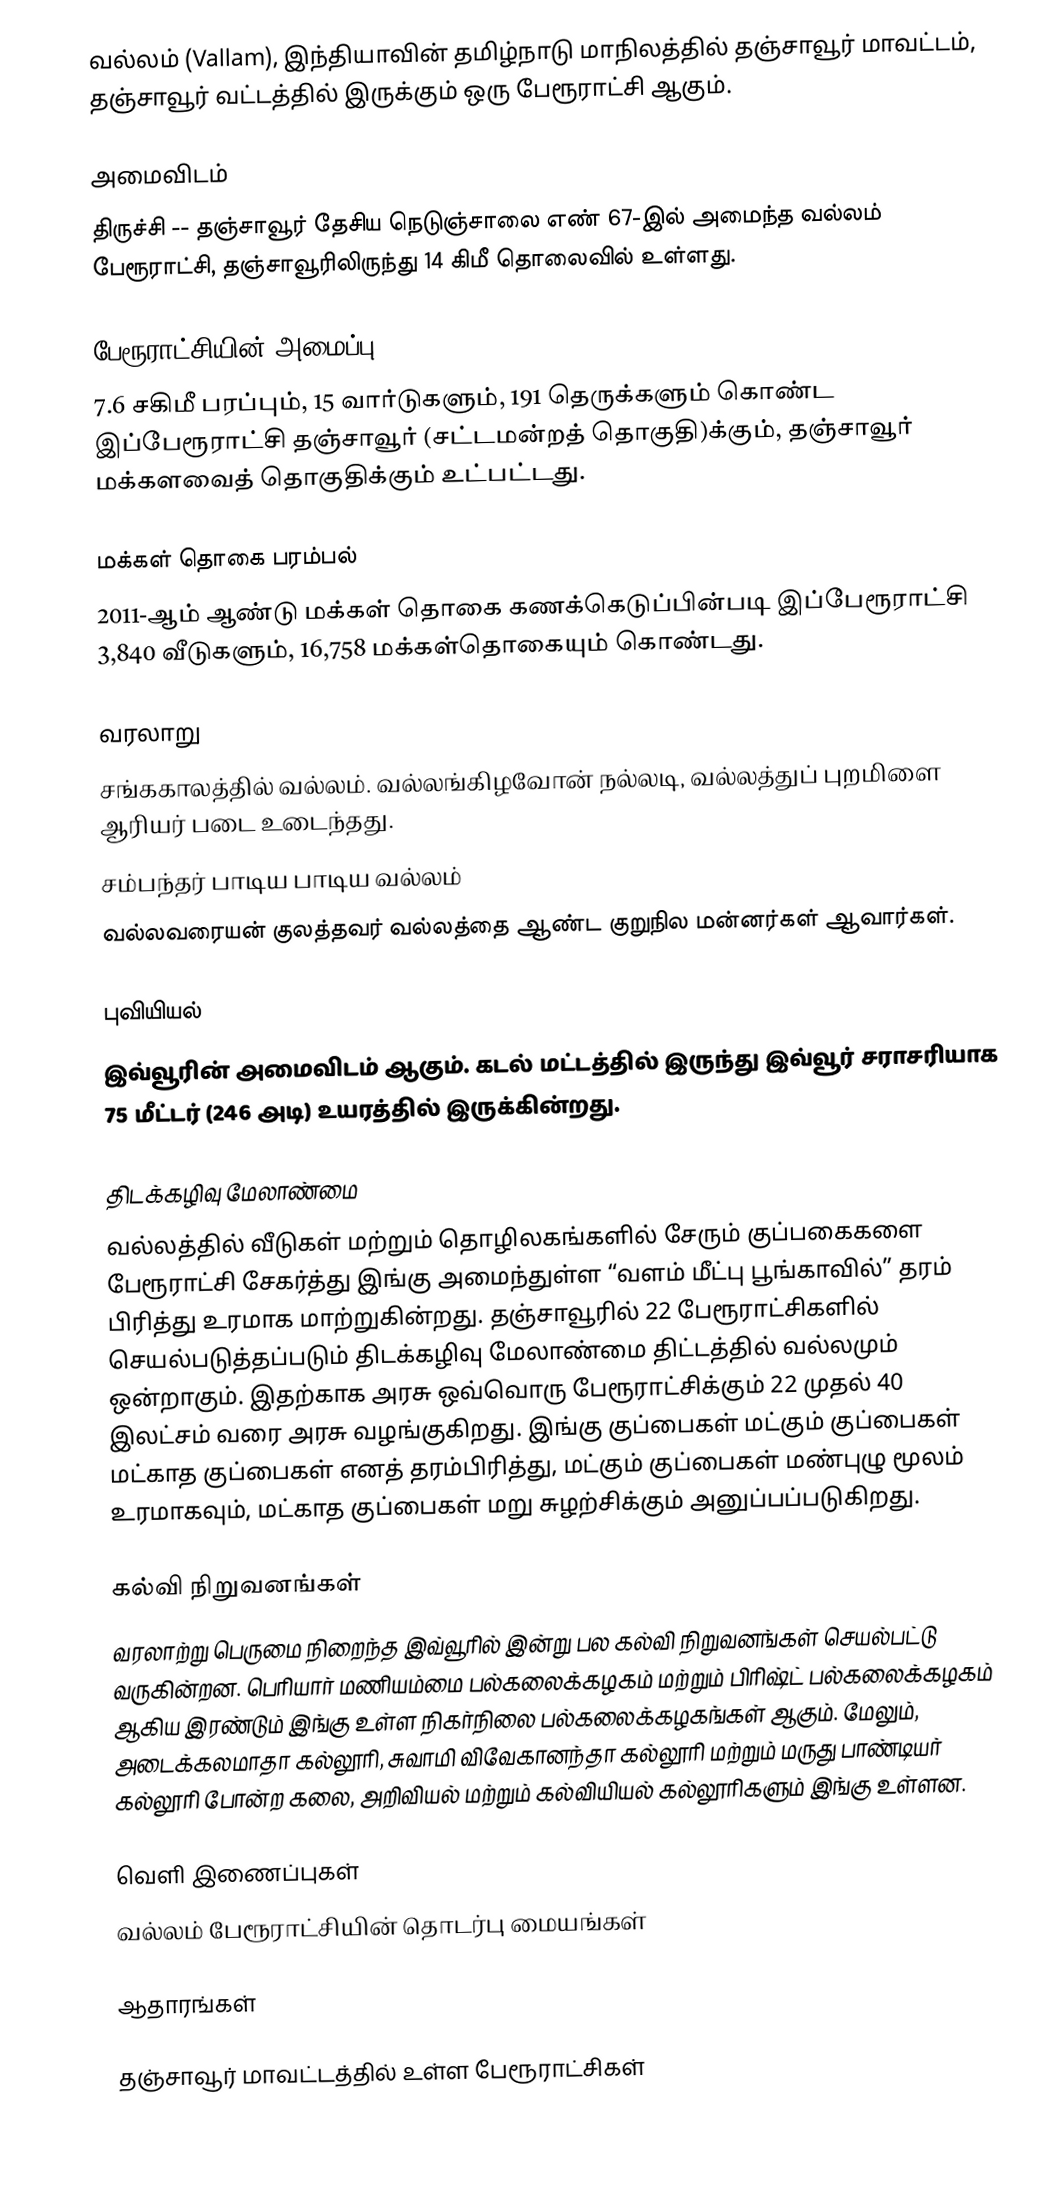
வல்லம் (Vallam), இந்தியாவின் தமிழ்நாடு மாநிலத்தில்  தஞ்சாவூர் மாவட்டம், தஞ்சாவூர் வட்டத்தில் இருக்கும் ஒரு பேரூராட்சி ஆகும்.

அமைவிடம்
திருச்சி -- தஞ்சாவூர் தேசிய நெடுஞ்சாலை எண் 67-இல் அமைந்த வல்லம் பேரூராட்சி, தஞ்சாவூரிலிருந்து 14 கிமீ தொலைவில் உள்ளது.

பேரூராட்சியின் அமைப்பு
7.6 சகிமீ பரப்பும்,  15  வார்டுகளும்,  191  தெருக்களும் கொண்ட இப்பேரூராட்சி  தஞ்சாவூர் (சட்டமன்றத் தொகுதி)க்கும், தஞ்சாவூர் மக்களவைத் தொகுதிக்கும் உட்பட்டது.

மக்கள் தொகை பரம்பல்
2011-ஆம் ஆண்டு மக்கள் தொகை கணக்கெடுப்பின்படி  இப்பேரூராட்சி   3,840    வீடுகளும், 16,758  மக்கள்தொகையும் கொண்டது.

வரலாறு
 சங்ககாலத்தில் வல்லம். வல்லங்கிழவோன் நல்லடி, வல்லத்துப் புறமிளை ஆரியர் படை உடைந்தது.
 சம்பந்தர் பாடிய பாடிய வல்லம்
 வல்லவரையன் குலத்தவர் வல்லத்தை ஆண்ட குறுநில மன்னர்கள் ஆவார்கள்.

புவியியல்
இவ்வூரின் அமைவிடம்  ஆகும். கடல் மட்டத்தில் இருந்து இவ்வூர் சராசரியாக 75 மீட்டர் (246 அடி) உயரத்தில் இருக்கின்றது.

திடக்கழிவு மேலாண்மை
வல்லத்தில் வீடுகள் மற்றும் தொழிலகங்களில் சேரும் குப்பகைகளை பேரூராட்சி சேகர்த்து இங்கு அமைந்துள்ள “வளம் மீட்பு பூங்காவில்” தரம் பிரித்து உரமாக மாற்றுகின்றது. தஞ்சாவூரில் 22 பேரூராட்சிகளில் செயல்படுத்தப்படும் திடக்கழிவு மேலாண்மை திட்டத்தில் வல்லமும் ஒன்றாகும். இதற்காக அரசு ஒவ்வொரு பேரூராட்சிக்கும் 22 முதல் 40 இலட்சம் வரை அரசு வழங்குகிறது. இங்கு குப்பைகள் மட்கும் குப்பைகள் மட்காத குப்பைகள் எனத் தரம்பிரித்து, மட்கும் குப்பைகள் மண்புழு மூலம் உரமாகவும், மட்காத குப்பைகள் மறு சுழற்சிக்கும் அனுப்பப்படுகிறது.

கல்வி நிறுவனங்கள்
வரலாற்று பெருமை நிறைந்த இவ்வூரில் இன்று பல கல்வி நிறுவனங்கள் செயல்பட்டு வருகின்றன.  பெரியார் மணியம்மை பல்கலைக்கழகம் மற்றும் பிரிஷ்ட் பல்கலைக்கழகம் ஆகிய இரண்டும் இங்கு உள்ள நிகர்நிலை பல்கலைக்கழகங்கள் ஆகும்.  மேலும், அடைக்கலமாதா கல்லூரி, சுவாமி விவேகானந்தா கல்லூரி மற்றும் மருது பாண்டியர் கல்லூரி போன்ற கலை, அறிவியல் மற்றும் கல்வியியல் கல்லூரிகளும் இங்கு உள்ளன.

வெளி இணைப்புகள்
 வல்லம் பேரூராட்சியின் தொடர்பு மையங்கள்

ஆதாரங்கள்

தஞ்சாவூர் மாவட்டத்தில் உள்ள பேரூராட்சிகள்